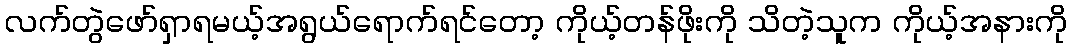
လက်တွဲဖော်ရှာရမယ့်အရွယ်ရောက်ရင်တော့ ကိုယ့်တန်ဖိုးကို သိတဲ့သူက ကိုယ့်အနားကို